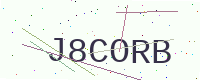
Text: J8CORB